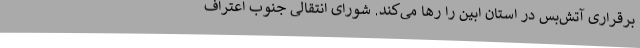
برقراری آتش‌بس در استان ابین را رها می‌کند. شورای انتقالی جنوب اعتراف